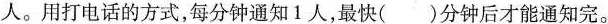
人。用打电话的方式，每分钟通知1人，最快( )分钟后才能通知完。